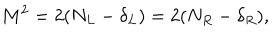
LaTeX: M ^ { 2 } = 2 ( N _ { L } - \delta _ { L } ) = 2 ( N _ { R } - \delta _ { R } ) ,